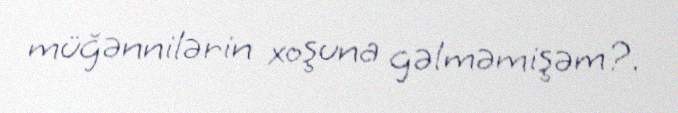
müğənnilərin xoşuna gəlməmişəm?.